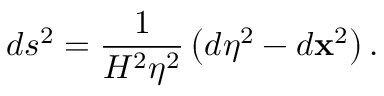
d s ^ { 2 } = \frac { 1 } { H ^ { 2 } \eta ^ { 2 } } \left( d \eta ^ { 2 } - d \mathbf { x } ^ { 2 } \right) .